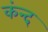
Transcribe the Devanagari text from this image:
कंन्द